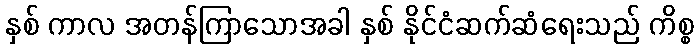
နှစ် ကာလ အတန်ကြာသောအခါ နှစ် နိုင်ငံဆက်ဆံရေးသည် ကိစ္စ